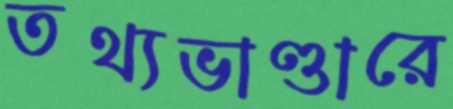
তথ্যভাণ্ডারে